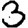
Digit: 3